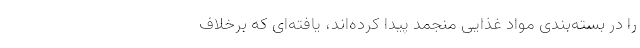
را در بسته‌بندی مواد غذایی منجمد پیدا کرده‌اند، یافته‌ای که برخلاف